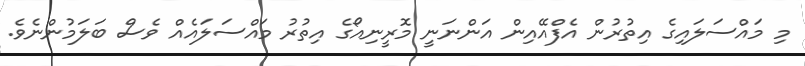
މި މައްސަލައިގެ އިތުރުން އެފްއޭއިން އަންނަނީ މޮރީނިއޯގެ އިތުރު މައްސަލައެއް ވެސް ބަލަމުންނެވެ.